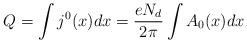
LaTeX: \begin{align*}Q = \int j^0(x) dx = \frac{e N_d}{2\pi} \int A_0(x) dx\end{align*}